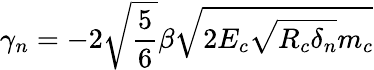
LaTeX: \gamma_{n}=-2\sqrt{\frac{5}{6}}\beta\sqrt{2E_{c}\sqrt{R_{c}\delta_{n}}m_{c}}